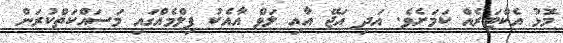
މޮޅު އެކްޓަރެއް ކަމަށެވެ. އަދި އަޖޭ އާއި ލަވް އާއެކު ފިލްމެއްގައި މަސައްކަތްކުރަން